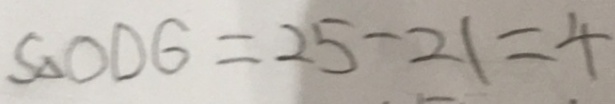
S _ { \Delta O D G } = 2 5 - 2 1 = 4